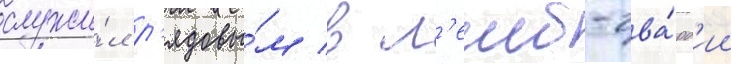
служи́л р'ядовы́м в л'еиб-гва́рд'ии